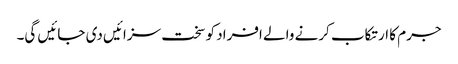
جرم کا ارتکاب کرنے والے افراد کو سخت سزائیں دی جائیں گی۔